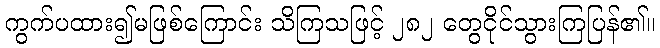
ကွက်ပထား၍မဖြစ်ကြောင်း သိကြသဖြင့် ၂၈၂ တွေငိုင်သွားကြပြန်၏။